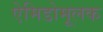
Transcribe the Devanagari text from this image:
ऐमिडोमूलक